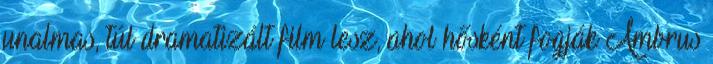
unalmas, túl dramatizált film lesz, ahol hősként fogják Ambrus